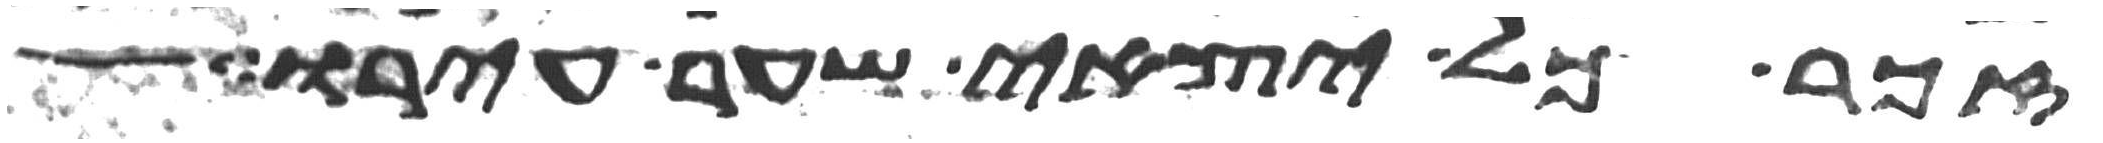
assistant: זכר כל יצאי שער עירו